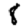
Digit: 8